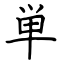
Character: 単